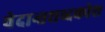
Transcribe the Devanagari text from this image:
वेदान्तशब्दकोश